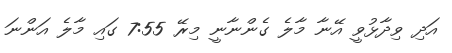
އަދި ވިދާޅުވީ އޭނާ މާލެ ގެންނާނީ މިރޭ 7:55 ގައި މާލެ އަންނަ